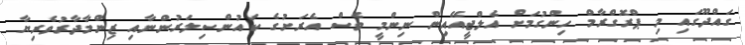
ގައްދޫގައި މި ޕްރޮގްރާމް ހިންގުމަށް އެލްޖީއޭއިން ނިންމީ ވެސް އެރަށުގެ ކައުންސިލަރުންނާއި ޒިންމާދާރުވެރިޔާ